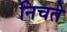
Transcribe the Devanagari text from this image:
निचते